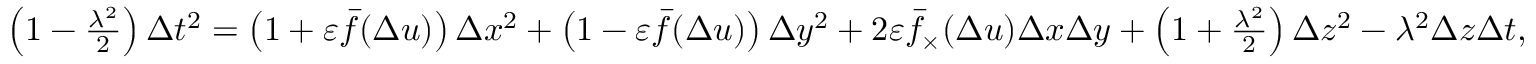
\begin{array} { r } { \left( 1 - \frac { \lambda ^ { 2 } } { 2 } \right) \Delta t ^ { 2 } = \left( 1 + \varepsilon \bar { f } ( \Delta u ) \right) \Delta x ^ { 2 } + \left( 1 - \varepsilon \bar { f } ( \Delta u ) \right) \Delta y ^ { 2 } + 2 \varepsilon \bar { f } _ { \times } ( \Delta u ) \Delta x \Delta y + \left( 1 + \frac { \lambda ^ { 2 } } { 2 } \right) \Delta z ^ { 2 } - \lambda ^ { 2 } \Delta z \Delta t , } \end{array}